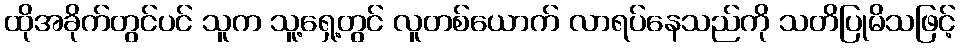
ထိုအခိုက်တွင်ပင် သူက သူ့ရှေ့တွင် လူတစ်ယောက် လာရပ်နေသည်ကို သတိပြုမိသဖြင့်